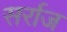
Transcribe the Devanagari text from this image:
सर्राज